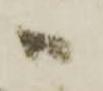
ハ